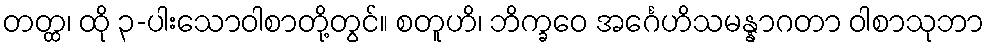
တတ္ထ၊ ထို ၃-ပါးသောဝါစာတို့တွင်။ စတူဟိ၊ ဘိက္ခဝေ အင်္ဂေဟိသမန္နာဂတာ ဝါစာသုဘာ